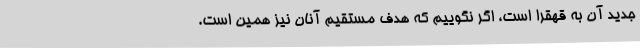
جدید آن به قهقرا است، اگر نگوییم که هدف مستقیم آنان نیز همین است.